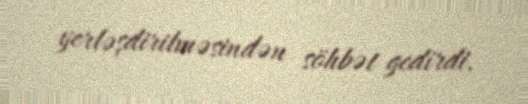
yerləşdirilməsindən söhbət gedirdi.